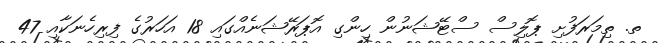
ތ. ތިމަރަފުށި ޕޮލިސް ސްޓޭޝަނުން ހިންގި އޮޕަރޭޝަނެއްގައި 18 އަހަރުގެ ފިރިހެނަކާއި 47